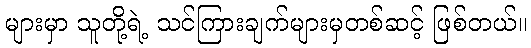
များမှာ သူတို့ရဲ့ သင်ကြားချက်များမှတစ်ဆင့် ဖြစ်တယ်။